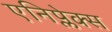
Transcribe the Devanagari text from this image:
एनिप्लेक्स